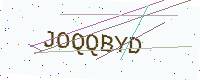
Text: JOQQBYD